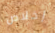
إخلاص